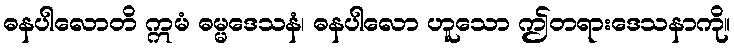
ဓနပါလောတိ ဣမံ ဓမ္မဒေသနံ၊ ဓနပါလော ဟူသော ဤတရားဒေသနာကို။